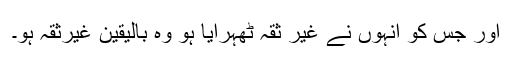
اور جس کو انہوں نے غیر ثقہ ٹھہرایا ہو وہ بالیقین غیرثقہ ہو۔